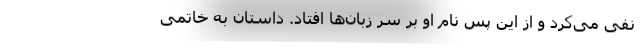
نفی می‌کرد و از این پس نام او بر سر زبان‌ها افتاد. داستان به خاتمی